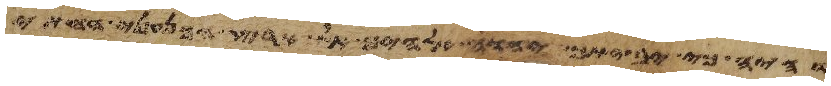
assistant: והיה כי יביאך יהוה אלהיך אל ארץ הכנעני החתי